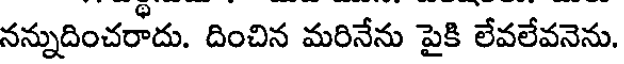
నన్నుదించరాదు. దించిన మరినేను పైకి లేవలేవనెను.